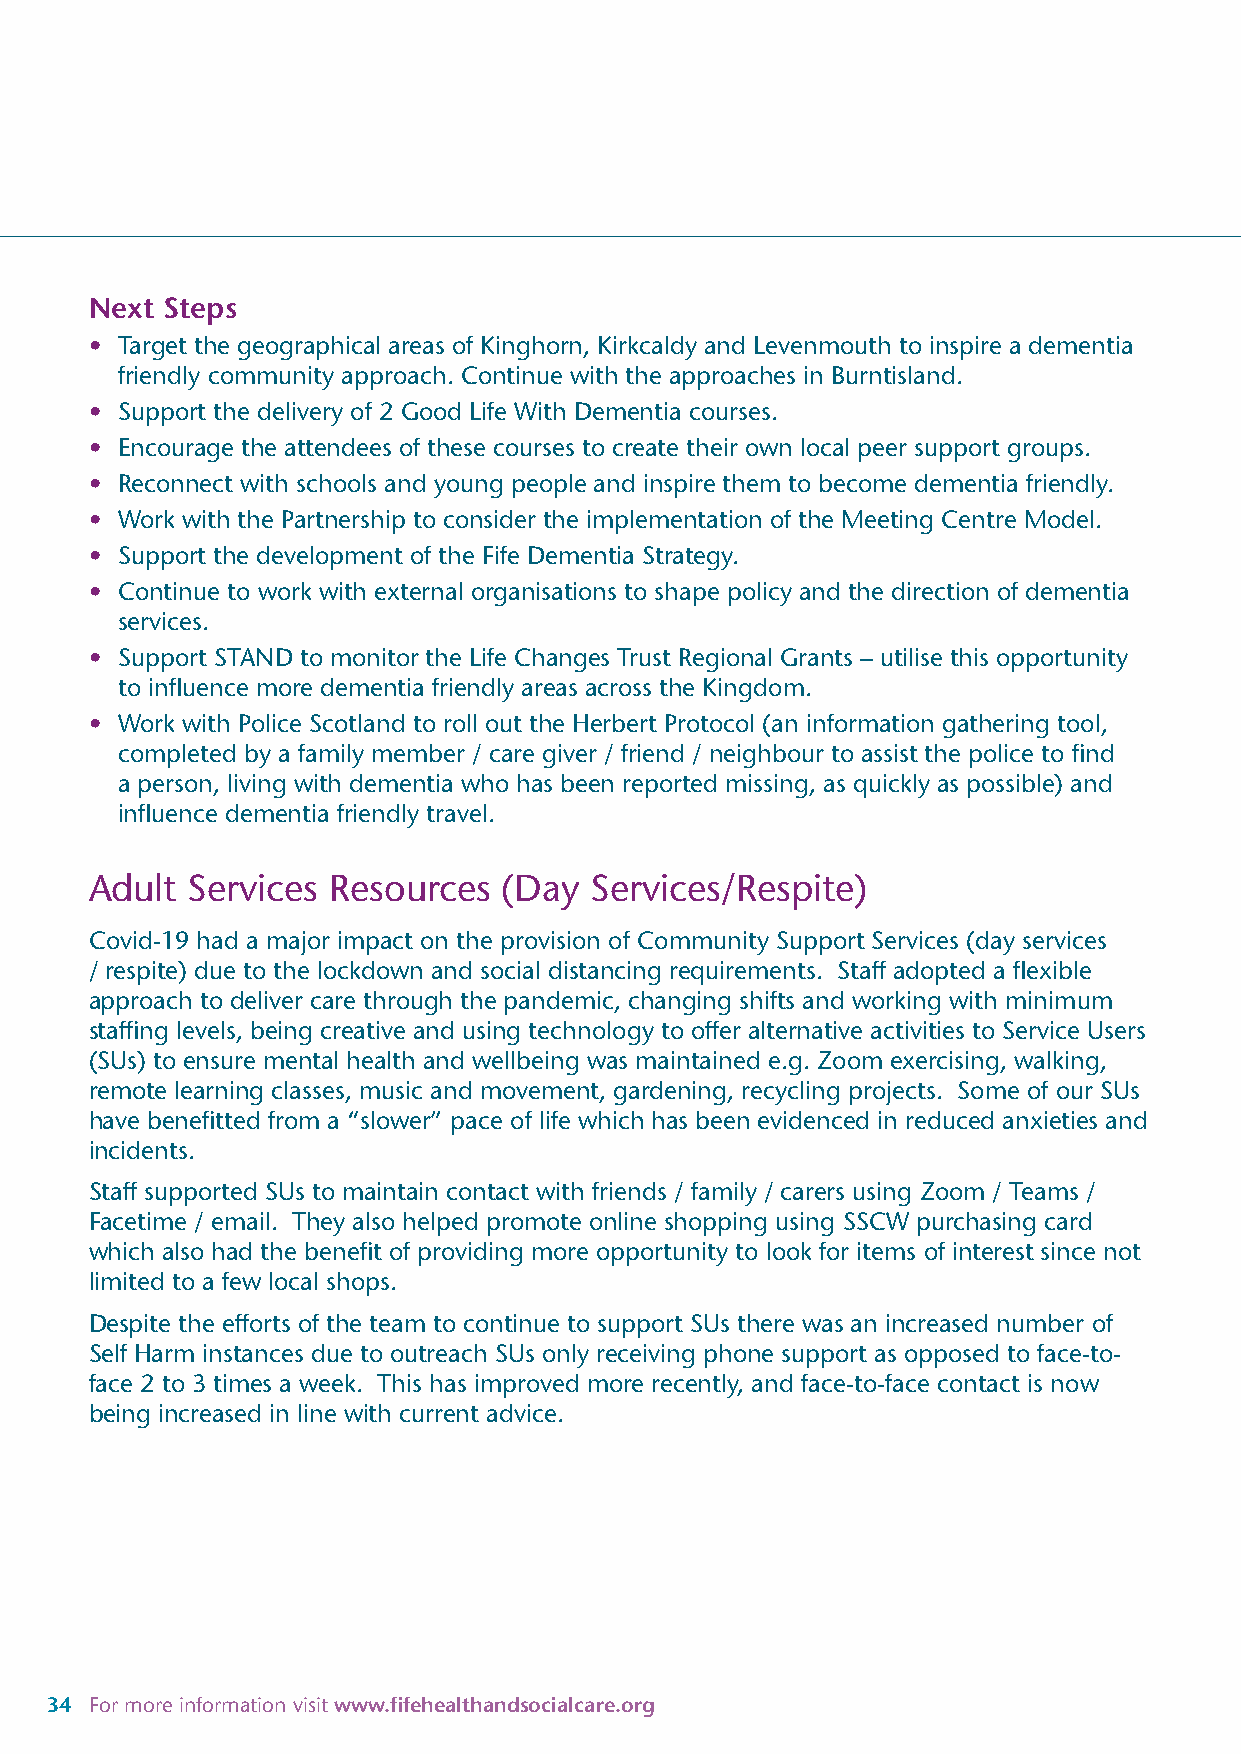
Next Steps
 • Target the geographical areas of Kinghorn, Kirkcaldy and Levenmouth to inspire a dementia
 friendly community approach. Continue with the approaches in Burntisland.
 • Support the delivery of 2 Good Life With Dementia courses.
 • Encourage the attendees of these courses to create their own local peer support groups.
 • Reconnect with schools and young people and inspire them to become dementia friendly.
 • Work with the Partnership to consider the implementation of the Meeting Centre Model.
 • Support the development of the Fife Dementia Strategy.
 • Continue to work with external organisations to shape policy and the direction of dementia
 services.
 • Support STAND to monitor the Life Changes Trust Regional Grants – utilise this opportunity
 to influence more dementia friendly areas across the Kingdom.
 • Work with Police Scotland to roll out the Herbert Protocol (an information gathering tool,
 completed by a family member / care giver / friend / neighbour to assist the police to find
 a person, living with dementia who has been reported missing, as quickly as possible) and
 influence dementia friendly travel.
 Adult Services  Resources  (Day  Services/Respite)
 Covid-19 had a major impact on the provision of Community Support Services (day services
 / respite) due to the lockdown and social distancing requirements. Staff adopted a flexible
 approach to deliver care through the pandemic, changing shifts and working with minimum
 staffing levels, being creative and using technology to offer alternative activities to Service Users
 (SUs) to ensure mental health and wellbeing was maintained e.g. Zoom exercising, walking,
 remote learning classes, music and movement, gardening, recycling projects. Some of our SUs
 have benefitted from a “slower” pace of life which has been evidenced in reduced anxieties and
 incidents.
 Staff supported SUs to maintain contact with friends / family / carers using Zoom / Teams /
 Facetime / email. They also helped promote online shopping using SSCW purchasing card
 which also had the benefit of providing more opportunity to look for items of interest since not
 limited to a few local shops.
 Despite the efforts of the team to continue to support SUs there was an increased number of
 Self Harm instances due to outreach SUs only receiving phone support as opposed to face-to-
 face 2 to 3 times a week. This has improved more recently, and face-to-face contact is now
 being increased in line with current advice.
 34 For more information visit www.fifehealthandsocialcare.org